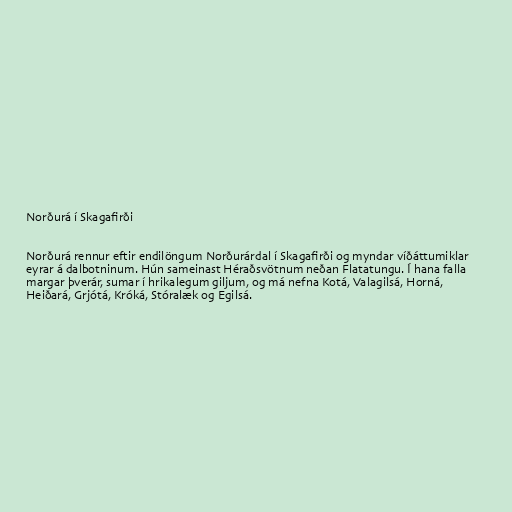
Norðurá í Skagafirði

Norðurá rennur eftir endilöngum Norðurárdal í Skagafirði og myndar víðáttumiklar
eyrar á dalbotninum. Hún sameinast Héraðsvötnum neðan Flatatungu. Í hana falla
margar þverár, sumar í hrikalegum giljum, og má nefna Kotá, Valagilsá, Horná,
Heiðará, Grjótá, Króká, Stóralæk og Egilsá.